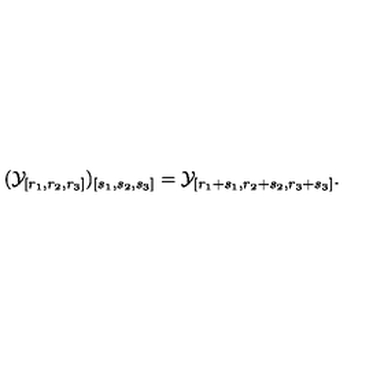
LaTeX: ( { \cal Y } _ { [ r _ { 1 } , r _ { 2 } , r _ { 3 } ] } ) _ { [ s _ { 1 } , s _ { 2 } , s _ { 3 } ] } = { \cal Y } _ { [ r _ { 1 } + s _ { 1 } , r _ { 2 } + s _ { 2 } , r _ { 3 } + s _ { 3 } ] } .